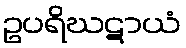
ဥပရိဃဋာယံ